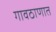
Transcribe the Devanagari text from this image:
गावठाणात